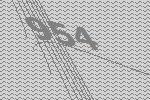
954